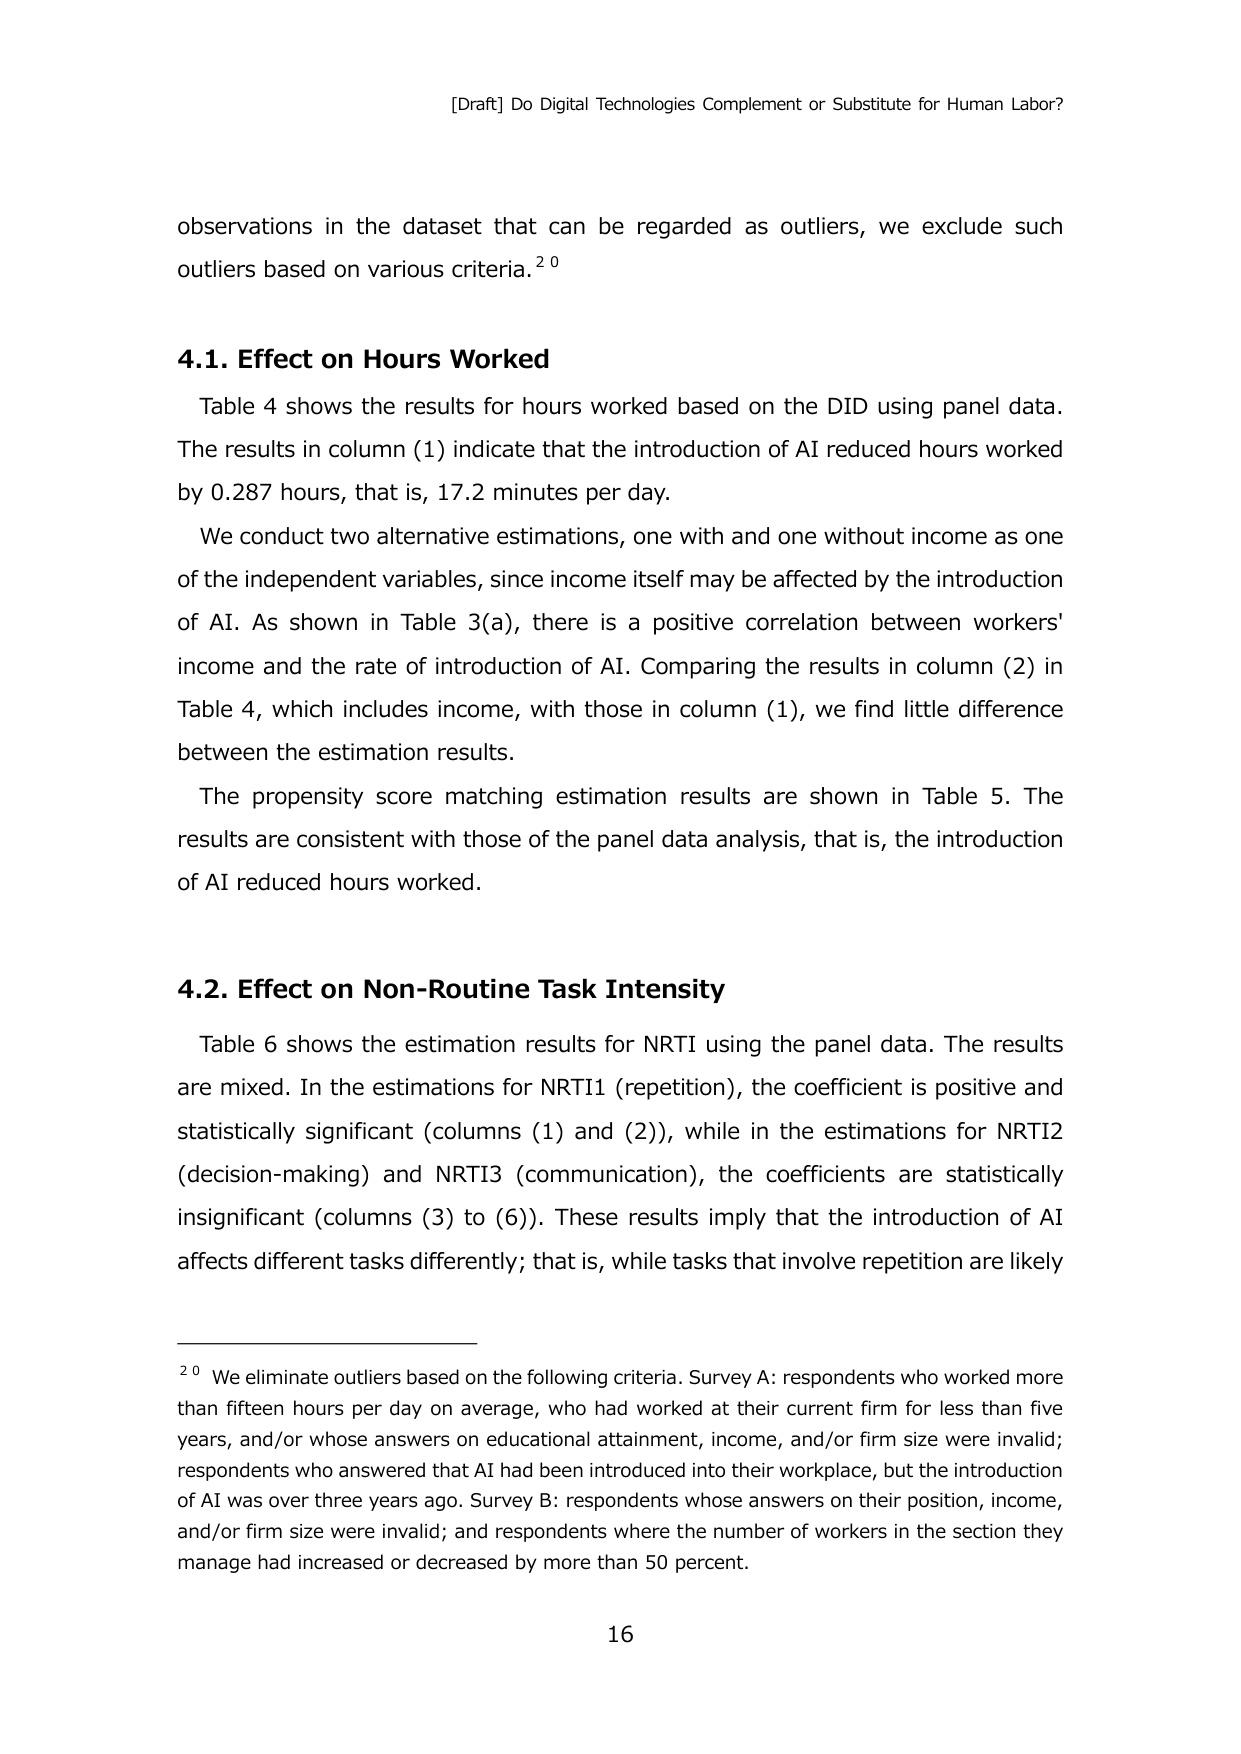
[Draft] Do Digital Technologies Complement or Substitute for Human Labor?

observations in the dataset that can be regarded as outliers, we exclude such outliers based on various criteria.²⁰

4.1. Effect on Hours Worked
Table 4 shows the results for hours worked based on the DID using panel data. The results in column (1) indicate that the introduction of AI reduced hours worked by 0.287 hours, that is, 17.2 minutes per day.
We conduct two alternative estimations, one with and one without income as one of the independent variables, since income itself may be affected by the introduction of AI. As shown in Table 3(a), there is a positive correlation between workers' income and the rate of introduction of AI. Comparing the results in column (2) in Table 4, which includes income, with those in column (1), we find little difference between the estimation results.
The propensity score matching estimation results are shown in Table 5. The results are consistent with those of the panel data analysis, that is, the introduction of AI reduced hours worked.

4.2. Effect on Non-Routine Task Intensity
Table 6 shows the estimation results for NRTI using the panel data. The results are mixed. In the estimations for NRTI1 (repetition), the coefficient is positive and statistically significant (columns (1) and (2)), while in the estimations for NRTI2 (decision-making) and NRTI3 (communication), the coefficients are statistically insignificant (columns (3) to (6)). These results imply that the introduction of AI affects different tasks differently; that is, while tasks that involve repetition are likely

²⁰ We eliminate outliers based on the following criteria. Survey A: respondents who worked more than fifteen hours per day on average, who had worked at their current firm for less than five years, and/or whose answers on educational attainment, income, and/or firm size were invalid; respondents who answered that AI had been introduced into their workplace, but the introduction of AI was over three years ago. Survey B: respondents whose answers on their position, income, and/or firm size were invalid; and respondents where the number of workers in the section they manage had increased or decreased by more than 50 percent.

16